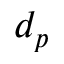
d _ { p }